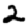
Digit: 2